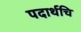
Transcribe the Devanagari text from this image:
पदार्थचि